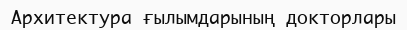
Архитектура ғылымдарының докторлары